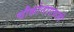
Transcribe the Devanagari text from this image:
चौकोनाएवजी